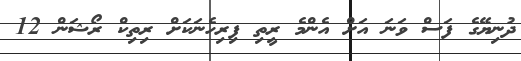
ދުނިޔޭގެ ފަސް ވަނަ އަށް އެންމެ ރީތި ފިރިހެނަކަށް ރިތިކް ރޯޝަން 12